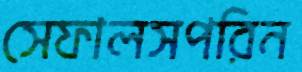
সেফালসপরিন